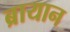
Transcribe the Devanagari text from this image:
ब्रायान